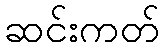
ဆင်းကတ်